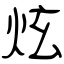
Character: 炫